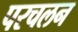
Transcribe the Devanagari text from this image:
परचलन